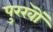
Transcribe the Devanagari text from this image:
पुरखॊं